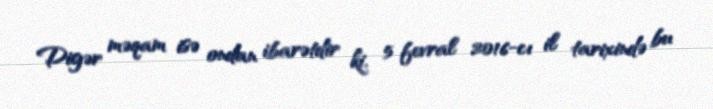
Digər məqam isə ondan ibarətdir ki, 5 fevral 2016-cı il tarixində bu